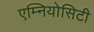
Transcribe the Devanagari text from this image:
एम्नियोसिटी